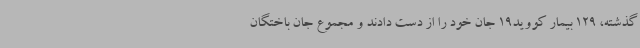
گذشته، 129 بیمار کووید19 جان خود را از دست دادند و مجموع جان باختگان